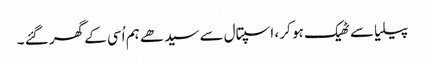
پیلیا سے ٹھیک ہو کر ، اسپتال سے سیدھے ہم اُسی کے گھر گئے ۔